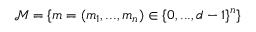
\mathcal { M } = \{ m = ( m _ { 1 } , . . . , m _ { n } ) \in \{ 0 , . . . , d - 1 \} ^ { n } \}